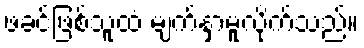
ဖခင်ဖြစ်သူထံ မျက်နှာမူလိုက်သည်။